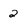
Character: 2